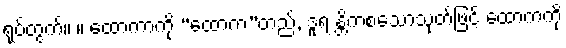
ရုပ်တွက်။ ။ ထောကာကို “ထောက”တည်, ဒူရ န္တိကစသောသုတ်ဖြင့် ထောကကို